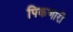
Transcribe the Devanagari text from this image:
पिकणारी